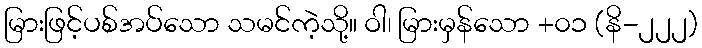
မြားဖြင့်ပစ်အပ်သော သမင်ကဲ့သို့။ ဝါ၊ မြားမှန်သော +၀၁ (နိ-၂၂၂)